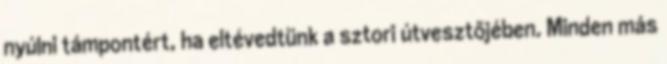
nyúlni támpontért, ha eltévedtünk a sztori útvesztőjében. Minden más